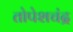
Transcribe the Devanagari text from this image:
तोपेशचंद्र